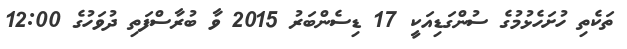
ތަކެތި ހުށަހެޅުމުގެ ސުންގަޑިއަކީ 17 ޑިސެންބަރު 2015 ވާ ބުރާސްފަތި ދުވަހުގެ 12:00